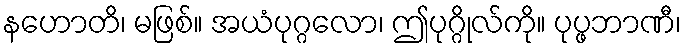
နဟောတိ၊ မဖြစ်။ အယံပုဂ္ဂလော၊ ဤပုဂ္ဂိုလ်ကို။ ပုပ္ဖဘာဏီ၊